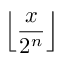
\left\lfloor { \frac { x } { 2 ^ { n } } } \right\rfloor